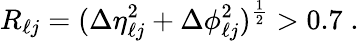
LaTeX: R_{\ell j}=(\Delta\eta_{\ell j}^{2}+\Delta\phi_{\ell j}^{2})^{\frac{1}{2}}>0.7\; .